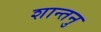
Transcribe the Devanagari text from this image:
शान्‍तनु